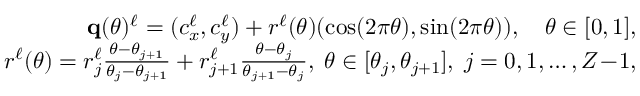
\begin{array} { r } { \mathbf q ( \theta ) ^ { \ell } = ( c _ { x } ^ { \ell } , c _ { y } ^ { \ell } ) + r ^ { \ell } ( \theta ) ( \cos ( 2 \pi \theta ) , \sin ( 2 \pi \theta ) ) , \quad \theta \in [ 0 , 1 ] , } \\ { r ^ { \ell } ( \theta ) = r _ { j } ^ { \ell } { \frac { \theta - \theta _ { j + 1 } } { \theta _ { j } - \theta _ { j + 1 } } } + r _ { j + 1 } ^ { \ell } { \frac { \theta - \theta _ { j } } { \theta _ { j + 1 } - \theta _ { j } } } , \; \theta \in [ \theta _ { j } , \theta _ { j + 1 } ] , \; j = 0 , 1 , \ldots , Z \! - \! 1 , } \end{array}